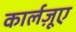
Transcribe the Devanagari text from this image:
कार्लज़ूए